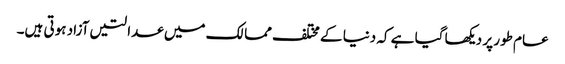
عام طور پر دیکھا گیا ہے کہ دنیا کے مختلف ممالک میں عدالتیں آزاد ہوتی ہیں۔